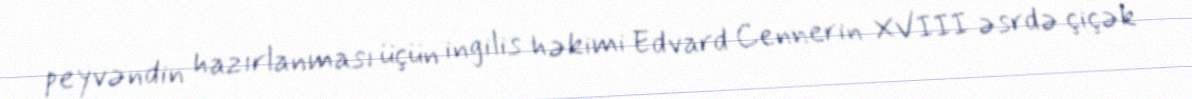
peyvəndin hazırlanması üçün ingilis həkimi Edvard Cennerin XVIII əsrdə çiçək